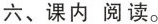
六、课内阅读。